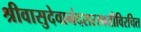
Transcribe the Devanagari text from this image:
श्रीवासुदेवानंदसरस्वतीविरचित